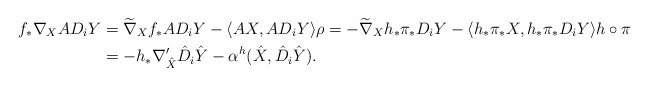
\begin{align*} f_{*}\nabla_X AD_iY&=\widetilde{\nabla}_X f_{*}AD_iY -\langle AX,AD_iY\rangle \rho=-\widetilde{\nabla}_X h_{*}\pi_{*}D_i Y-\langle h_{*}\pi_{*}X,h_{*}\pi_{*} D_iY\rangle h\circ\pi\\ &=-h_{*}\nabla'_{\hat{X}}\hat{D}_i\hat{Y}-\alpha^h(\hat{X},\hat{D}_i\hat{Y}). \end{align*}